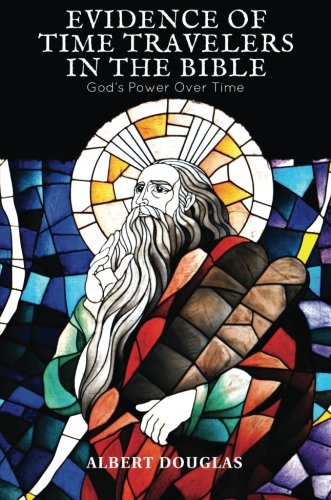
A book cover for Evidence of Time Travelers in the Bible: God's Power over Time; Albert Douglas; Christian Books & Bibles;